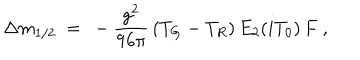
LaTeX: \Delta m _ { 1 / 2 } \ = \ - { \frac { g ^ { 2 } } { 9 6 \pi } } \, ( T _ { G } - T _ { R } ) \, E _ { 2 } ( i T _ { 0 } ) \, F \ ,